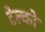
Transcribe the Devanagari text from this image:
टेल्‍को